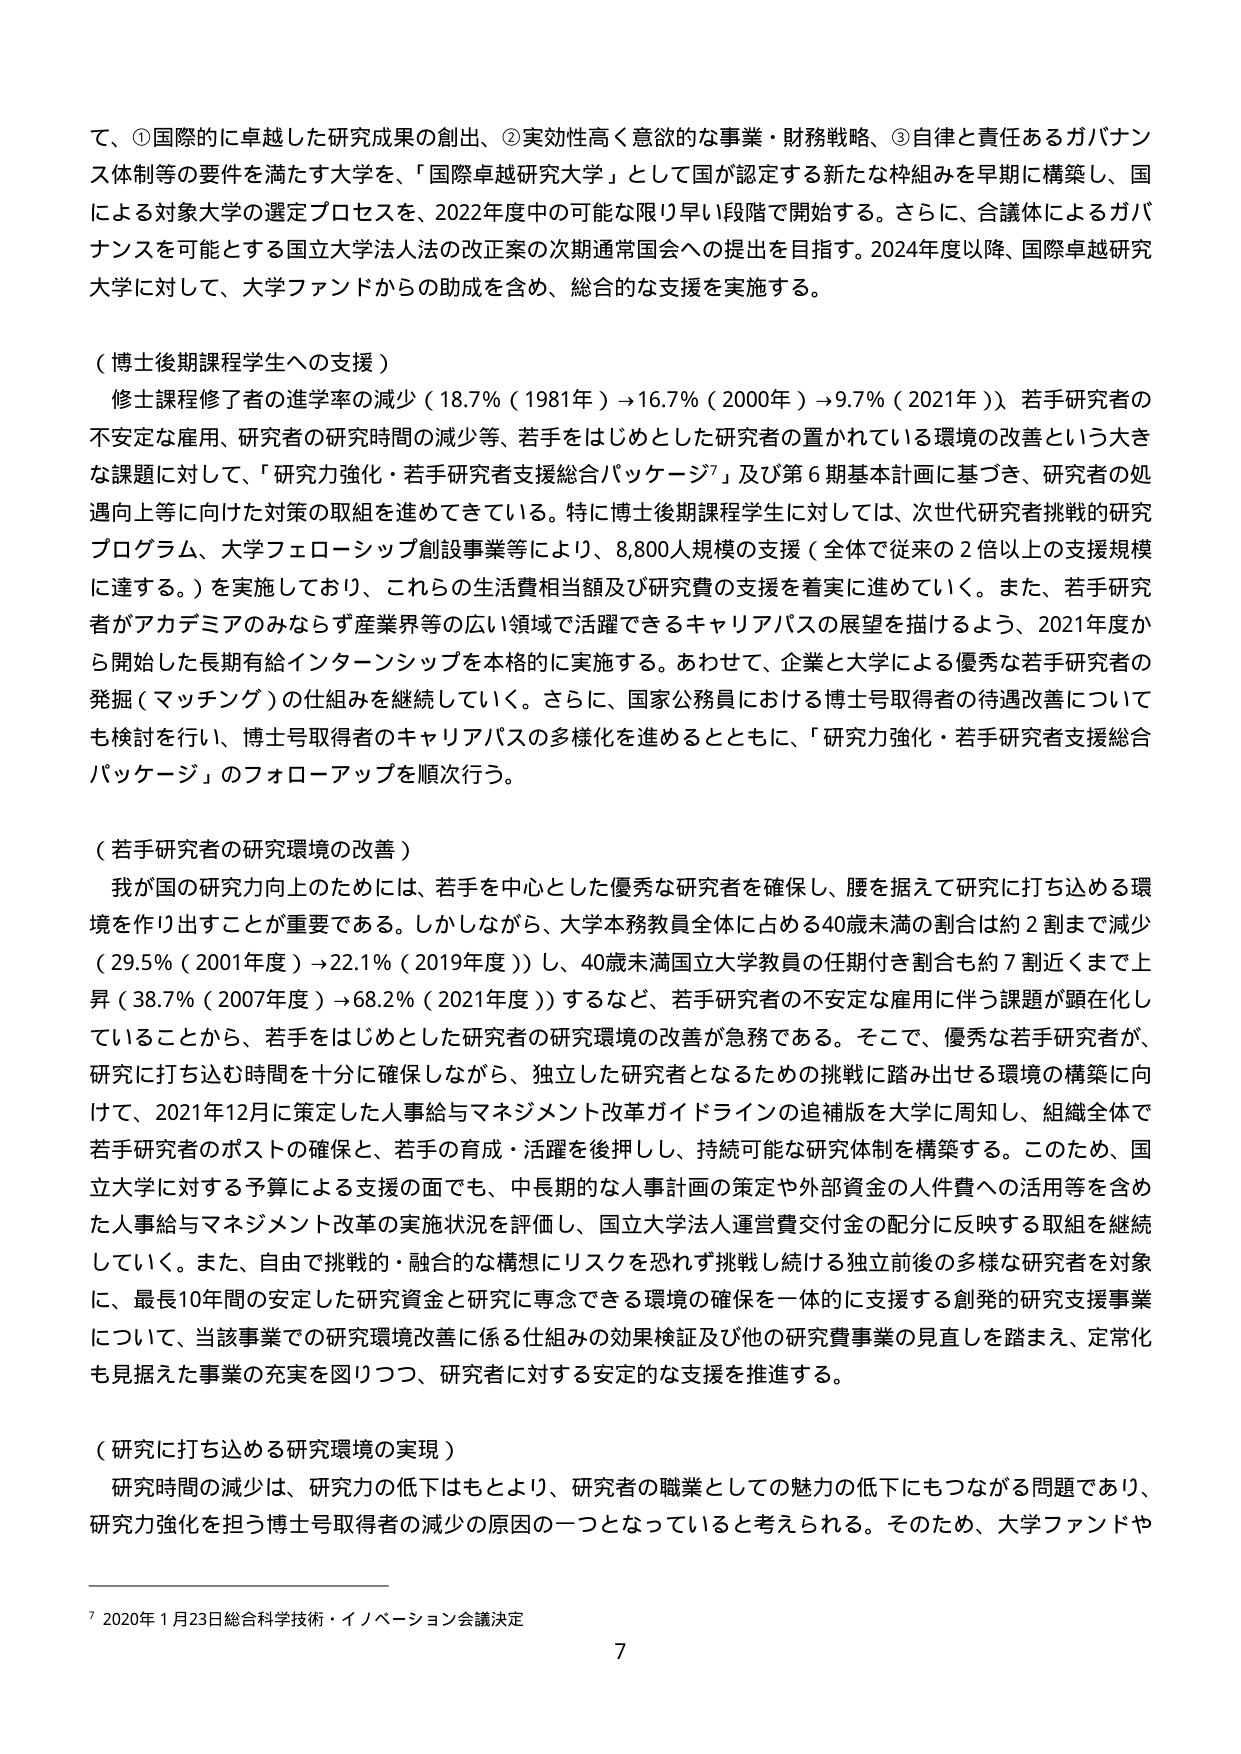
て、①国際的に卓越した研究成果の創出、②実効性高く意欲的な事業・財務戦略、③自律と責任あるガバナンス体制等の要件を満たす大学を、「国際卓越研究大学」として国が認定する新たな枠組みを早期に構築し、国による対象大学の選定プロセスを、2022年度中の可能な限り早い段階で開始する。さらに、合議体によるガバナンスを可能とする国立大学法人法の改正案の次期通常国会への提出を目指す。2024年度以降、国際卓越研究大学に対して、大学ファンドからの助成を含め、総合的な支援を実施する。

（博士後期課程学生への支援）
修士課程修了者の進学率の減少（18.7％（1981年）→16.7％（2000年）→9.7％（2021年））、若手研究者の不安定な雇用、研究者の研究時間の減少等、若手をはじめとした研究者の置かれている環境の改善という大きな課題に対して、「研究力強化・若手研究者支援総合パッケージ⁷」及び第6期基本計画に基づき、研究者の処遇向上等に向けた対策の取組を進めてきている。特に博士後期課程学生に対しては、次世代研究者挑戦的研究プログラム、大学フェローシップ創設事業等により、8,800人規模の支援（全体で従来の2倍以上の支援規模に達する。）を実施しており、これらの生活費相当額及び研究費の支援を着実に進めていく。また、若手研究者がアカデミアのみならず産業界等の広い領域で活躍できるキャリアパスの展望を描けるよう、2021年度から開始した長期有給インターンシップを本格的に実施する。あわせて、企業と大学による優秀な若手研究者の発掘（マッチング）の仕組みを継続していく。さらに、国家公務員における博士号取得者の待遇改善についても検討を行い、博士号取得者のキャリアパスの多様化を進めるとともに、「研究力強化・若手研究者支援総合パッケージ」のフォローアップを順次行う。

（若手研究者の研究環境の改善）
我が国の研究力向上のためには、若手を中心とした優秀な研究者を確保し、腰を据えて研究に打ち込める環境を作り出すことが重要である。しかしながら、大学本務教員全体に占める40歳未満の割合は約2割まで減少（29.5％（2001年度）→22.1％（2019年度））し、40歳未満国立大学教員の任期付き割合も約7割近くまで上昇（38.7％（2007年度）→68.2％（2021年度））するなど、若手研究者の不安定な雇用に伴う課題が顕在化していることから、若手をはじめとした研究者の研究環境の改善が急務である。そこで、優秀な若手研究者が、研究に打ち込む時間を十分に確保しながら、独立した研究者となるための挑戦に踏み出せる環境の構築に向けて、2021年12月に策定した人事給与マネジメント改革ガイドラインの追補版を大学に周知し、組織全体で若手研究者のポストの確保と、若手の育成・活躍を後押しし、持続可能な研究体制を構築する。このため、国立大学に対する予算による支援の面でも、中長期的な人事計画の策定や外部資金の人件費への活用等を含めた人事給与マネジメント改革の実施状況を評価し、国立大学法人運営費交付金の配分に反映する取組を継続していく。また、自由で挑戦的・融合的な構想にリスクを恐れず挑戦し続ける独立前後の多様な研究者を対象に、最長10年間の安定した研究資金と研究に専念できる環境の確保を一体的に支援する創発的研究支援事業について、当該事業での研究環境改善に係る仕組みの効果検証及び他の研究費事業の見直しを踏まえ、定常化も見据えた事業の充実を図りつつ、研究者に対する安定的な支援を推進する。

（研究に打ち込める研究環境の実現）
研究時間の減少は、研究力の低下はもとより、研究者の職業としての魅力の低下にもつながる問題であり、研究力強化を担う博士号取得者の減少の原因の一つとなっていると考えられる。そのため、大学ファンドや

⁷ 2020年1月23日総合科学技術・イノベーション会議決定
7